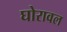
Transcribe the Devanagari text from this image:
घोरावल